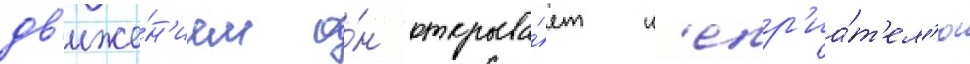
дв'иже́н'ием о́н открыва́ет н'епр'иа́т'ел'ю